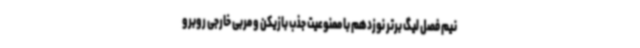
نیم فصل لیگ برتر نوزدهم با ممنوعیت جذب بازیکن و مربی خارجی روبرو